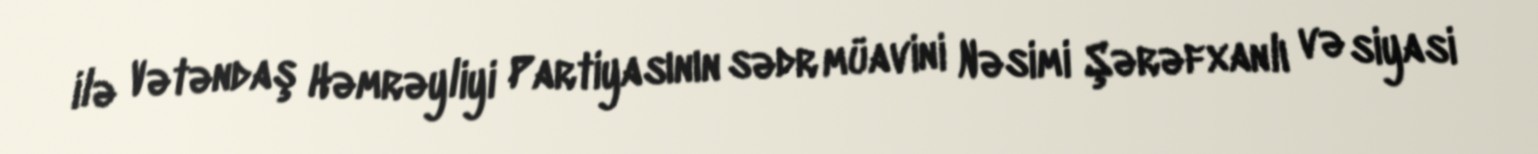
ilə Vətəndaş Həmrəyliyi Partiyasının sədr müavini Nəsimi Şərəfxanlı və siyasi